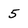
Character: 5